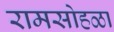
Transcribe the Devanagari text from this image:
रामसोहळा